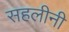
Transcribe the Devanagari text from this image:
सहलीनी